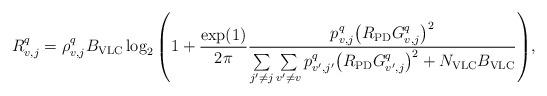
LaTeX: \begin{align*}R_{v,j}^q={ \rho_{v,j}^q B_{\rm VLC} \log_2 \left({ 1 + {\frac{\exp(1)}{2\pi}} \frac{p_{v,j}^{q} {\left( {{R_{\rm{PD}}}{G_{v,j}^{q}}} \right)}^2} {\sum\limits_{j'\ne j} {\sum\limits_{v'\ne v} p_{v',j'}^{q} {\left( {{R_{\rm{PD}}}{G_{v',j}^{q}}} \right)}^2 } + N_{\rm VLC}B_{\rm VLC}} } \right)},\end{align*}